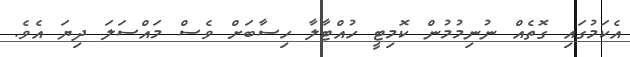
އެކަމުގައި ގޮތެއް ނުނިމުމުން ކޮމިޓީ ހުއްޓާލާ ހިސާބަށް ވެސް މައްސަލަ ދިޔަ އެވެ.